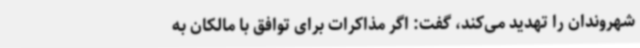
شهروندان را تهدید می‌کند، گفت: اگر مذاکرات برای توافق با مالکان به